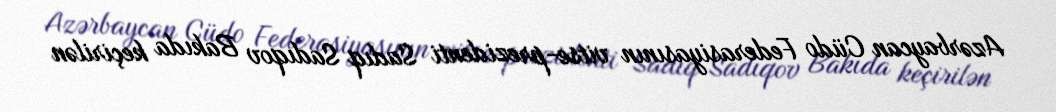
Azərbaycan Cüdo Federasiyasının vitse-prezidenti Sadıq Sadıqov Bakıda keçirilən